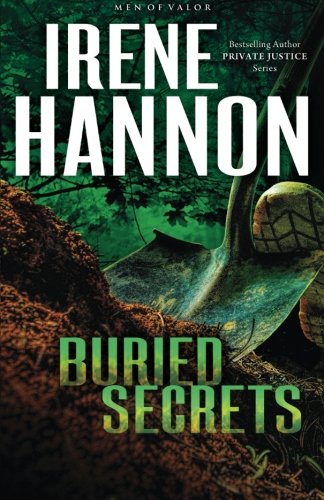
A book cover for Buried Secrets: A Novel (Men of Valor); Irene Hannon; Romance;